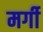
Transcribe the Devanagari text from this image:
मर्गी